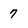
Character: 7